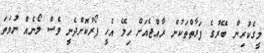
މީގެކުރިން ބޭރުގެ ފަރާތްތަކުން ރާއްޖެއަށް ހިލޭ އެހީ ފޯރުކޮށްދެނީ ވެސް ލޯނެއް ނުވަތަ